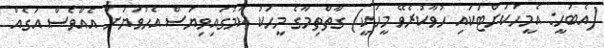
(އެބަހީ: އެމީހަކަށްޓަކައި ހުވާކުރެވޭ މީހަކީ) ގާތްތިމާގެ މީހަކު ކަމުގައިވިޔަސް އެހުވަޔަށް އެއްވެސް އަގެއް